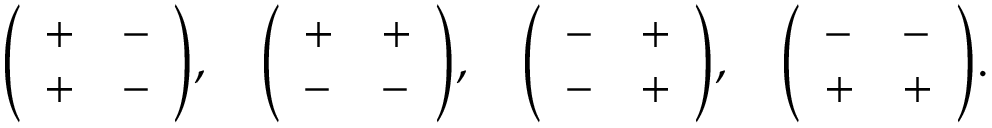
{ \left( \begin{array} { l l } { + } & { - } \\ { + } & { - } \end{array} \right) } , \quad { \left( \begin{array} { l l } { + } & { + } \\ { - } & { - } \end{array} \right) } , \quad { \left( \begin{array} { l l } { - } & { + } \\ { - } & { + } \end{array} \right) } , \quad { \left( \begin{array} { l l } { - } & { - } \\ { + } & { + } \end{array} \right) } .